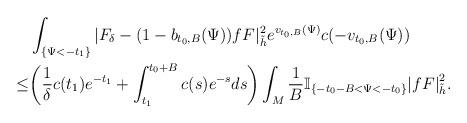
LaTeX: \begin{align*} & \int_{\{\Psi<-t_1\}}|F_{\delta}-(1-b_{t_0,B}(\Psi))fF|^2_{\tilde{h}} e^{v_{t_0,B}(\Psi)}c(-v_{t_0,B}(\Psi)) \\ \le& \bigg(\frac{1}{\delta}c(t_1)e^{-t_1}+\int_{t_1}^{t_0+B}c(s)e^{-s}ds\bigg) \int_{M}\frac{1}{B}\mathbb{I}_{\{-t_0-B<\Psi<-t_0\}}{|fF|}^2_{\tilde{h}}.\end{align*}